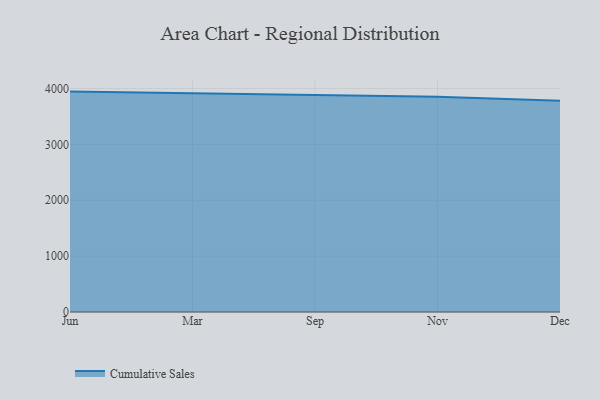
{"axis": {"x": "Month", "y": "Website Visitors"}, "legend": ["Cumulative Sales"], "data": [{"x": "Jun", "y": 3943.9, "type": "Cumulative Sales"}, {"x": "Mar", "y": 3909.5, "type": "Cumulative Sales"}, {"x": "Sep", "y": 3877.7, "type": "Cumulative Sales"}, {"x": "Nov", "y": 3851.0, "type": "Cumulative Sales"}, {"x": "Dec", "y": 3778.9, "type": "Cumulative Sales"}]}